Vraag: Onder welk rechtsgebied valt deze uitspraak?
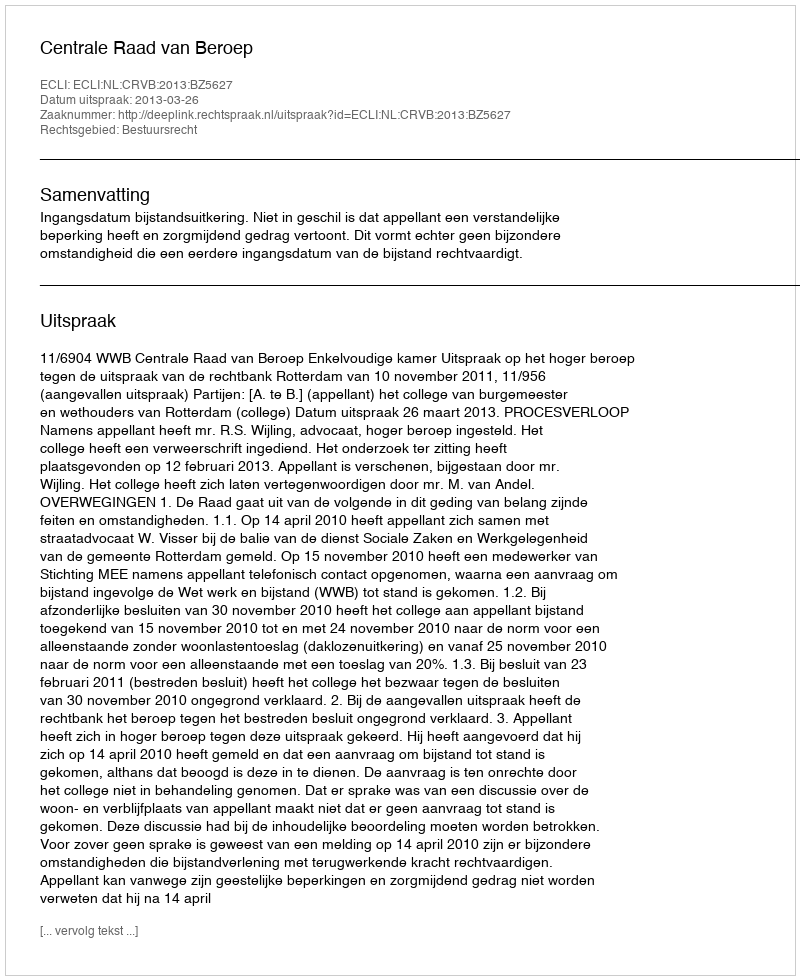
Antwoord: Bestuursrecht